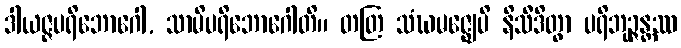
ဒါယဇ္ဇပရိဘောဂေါ, သာမိပရိဘောဂေါတိ။ တတြ သံဃမဇ္ဈေပိ နိသီဒိတွာ ပရိဘုဉ္ဇန္တဿ